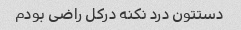
دستتون درد نکنه درکل راضی بودم